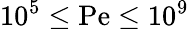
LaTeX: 10^{5}\le\mathrm{Pe}\le 10^{9}